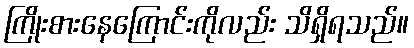
ကြိုးစားနေကြောင်းကိုလည်း သိရှိရသည်။